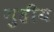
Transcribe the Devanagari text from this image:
गुहीय